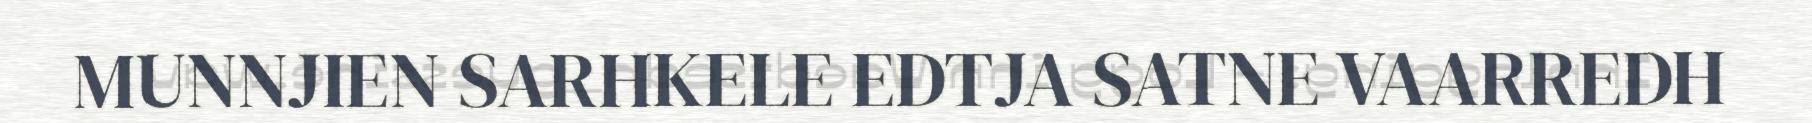
MUNNJIEN SARHKELE EDTJA SATNE VAARREDH